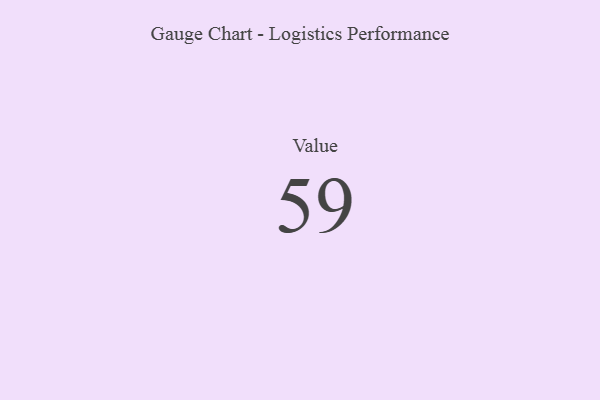
{"axis": {"x": "Metric", "y": "Value"}, "legend": [""], "data": [{"x": "Value", "y": 59, "type": ""}]}